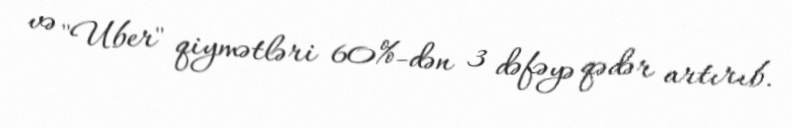
və "Uber" qiymətləri 60%-dən 3 dəfəyə qədər artırıb.